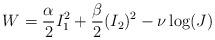
LaTeX: \begin{align*} W=\frac{\alpha}{2}I_1^2+\frac{\beta}{2}(I_2)^2-\nu\log (J)\end{align*}